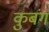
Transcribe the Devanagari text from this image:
कुबंग